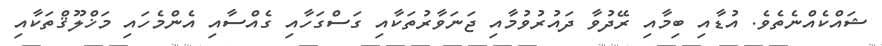
ޝައްކެއްނެތެވެ. އުޑާއި ބިމާއި ރޭދުވާ ދައުރުވުމާއި ޖަނަވާރުތަކާއި ގަސްގަހާއި ގެއްސާއި އެންމެހައި މަޚްލޫޤްތަކާއި